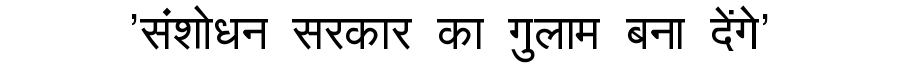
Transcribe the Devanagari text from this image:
'संशोधन सरकार का गुलाम बना देंगे'